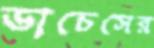
ডাচেসের